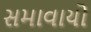
સમાવાયો